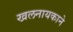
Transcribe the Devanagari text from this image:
खलनायकाने